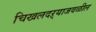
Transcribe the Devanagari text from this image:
चिखलदऱ्याजवळील